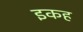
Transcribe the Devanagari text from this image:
इकह